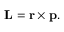
\mathbf { L } = \mathbf { r } \times \mathbf { p } . \,